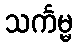
သင်္ကမ္မ